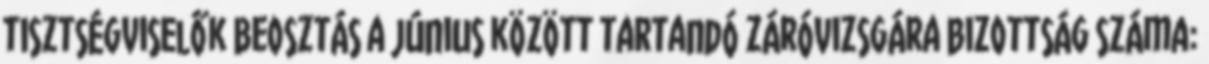
tisztségviselők Beosztás a június között tartandó záróvizsgára Bizottság száma: